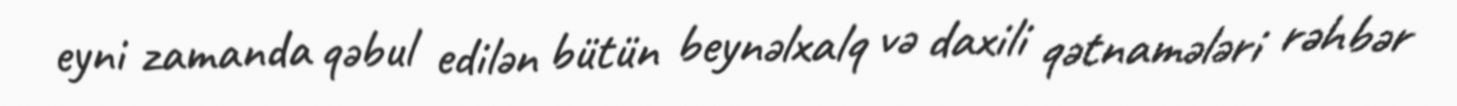
eyni zamanda qəbul edilən bütün beynəlxalq və daxili qətnamələri rəhbər